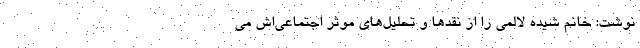
نوشت: خانم شیده لالمی را از نقدها و تحلیل‌های موثر اجتماعی‌اش می‌